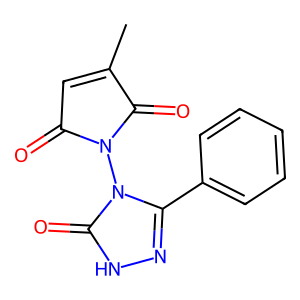
SMILES: CC1=CC(=O)N(n2c(-c3ccccc3)n[nH]c2=O)C1=O
Inhibits HIV replication: No